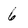
Character: 6